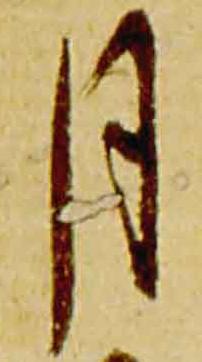
月